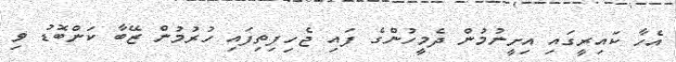
އެހާ ކައިރީގައި އިށީނުމުން ދެމީހުންގެ ފައި ޖެހިފިތިފައި ހުރުމުން ޒޭބާ ކަންބޮޑު ވި